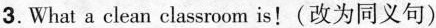
3.What a clean classroom is!(改为同义句)